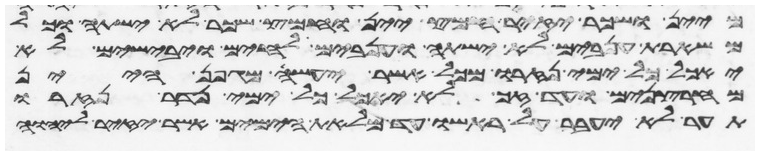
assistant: מיין ושכר יזיר חמץ יין וחמץ שכר לא ישתה וכל
משארת ענבים לא ישתה וענבים לחים ויבישים לא
יאכל כל ימי נזרו מכל אשר יעשה מגפן היין
מחרצנים ועד זג לא יאכל כל ימי נדר נזרו
תער לא יעבר על ראשו עד מלאת הימים אשר יזיר ליהוה